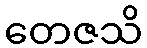
တေဇသိ